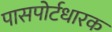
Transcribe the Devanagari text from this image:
पासपोर्टधारक